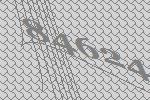
84624